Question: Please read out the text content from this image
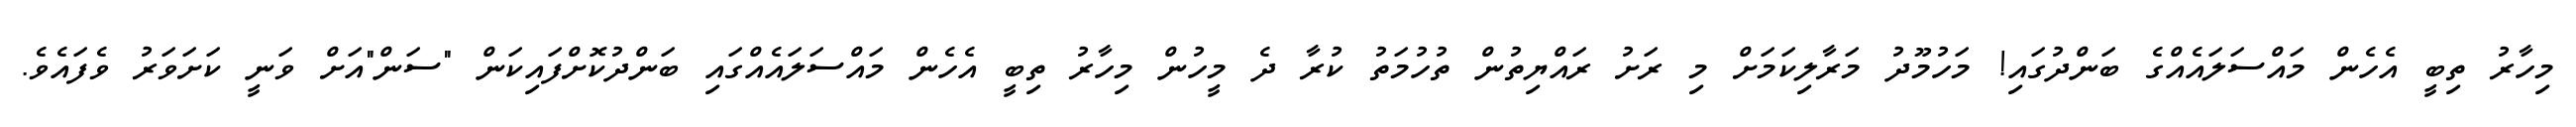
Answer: މިހާރު ތިބީ އެހެން މައްސަލައެއްގެ ބަންދުގައި! މަހުމޫދު މަރާލިކަމަށް މި ރަށު ރައްޔިތުން ތުހުމަތު ކުރާ ދެ މީހުން މިހާރު ތިބީ އެހެން މައްސަލައެއްގައި ބަންދުކޮށްފައިކަން "ސަން"އަށް ވަނީ ކަށަވަރު ވެފައެވެ.